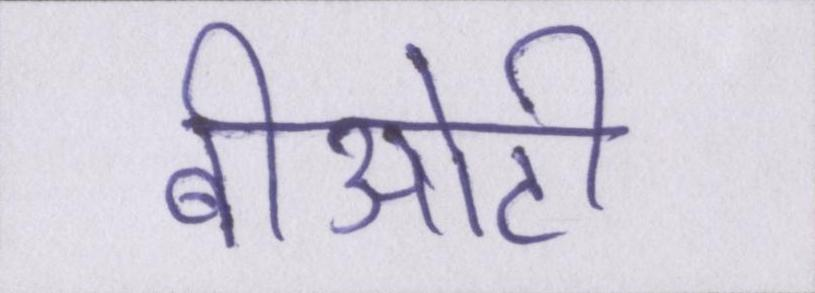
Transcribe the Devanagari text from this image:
बीओटी